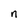
Character: n